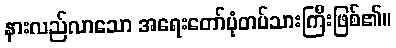
နားလည်လာသော အရေးတော်ပုံတပ်သားကြီးဖြစ်၏။